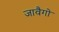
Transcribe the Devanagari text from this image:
जावैगो